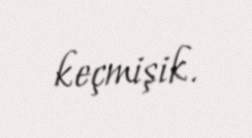
keçmişik.